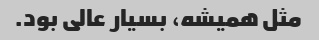
مثل همیشه، بسیار عالی بود.